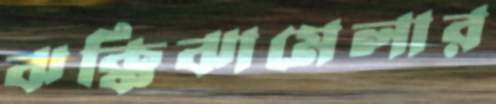
ঝক্কিঝামেলার